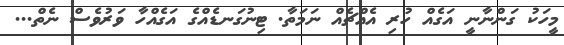
މީހަކު ގަންނާނީ އަގެއް ހުރި އެއްޗެއް ނަމަތާ. ޓިނުގަނޑެއްގެ އަގެއްހާ ވަރުވެސް ނެތް...